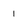
Character: 1